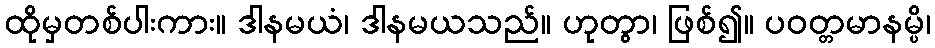
ထိုမှတစ်ပါးကား။ ဒါနမယံ၊ ဒါနမယသည်။ ဟုတွာ၊ ဖြစ်၍။ ပဝတ္တမာနမ္ပိ၊